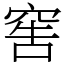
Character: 窖